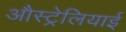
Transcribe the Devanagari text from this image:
औस्ट्रेलियाई